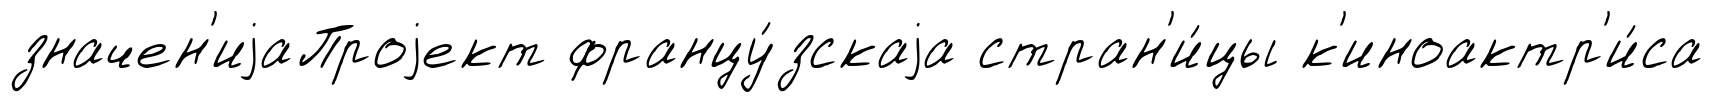
значен'иjаПроjект францу́зскаjа стран'и́цы к'иноактр'и́са